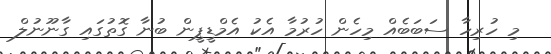
މި ހުރިހާ ސަބަބެއް މިހެން ހުރުމާ އެކު އެމްޑީޕީން ބުނާ ގޮތުގައި ގާނޫނުލް